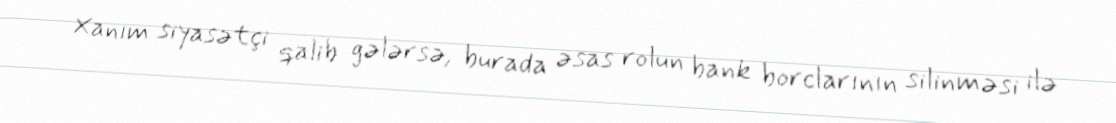
Xanım siyasətçi qalib gələrsə, burada əsas rolun bank borclarının silinməsi ilə